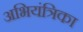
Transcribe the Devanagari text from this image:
अभियंत्रिका